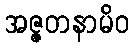
အဇ္ဇတနာမိဝ